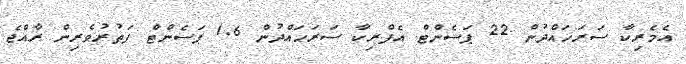
އެމެރިކާ ސަރަހައްދުން 22 ޕަސެންޓް އެފްރިކާ ސަރަހައްދުން 1.6 ޕަސެންޓް ފަތުރުވެރިން ރާއްޖެ